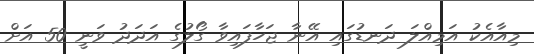
މިއާއެކު އަމިއްލަ ދަނޑުގައި އޭނާ ޖަހާފައިވާ ގޯލުގެ އަދަދު ވަނީ 50 އަށް